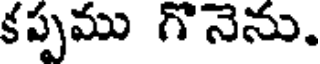
కప్పము గొనెను.